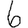
Digit: 6